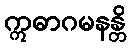
ဣဓာဂမနန္တိ